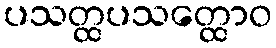
ပသတ္ထပသတ္ထောဝ